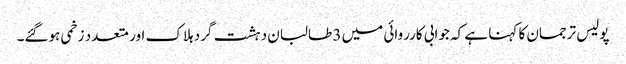
پولیس ترجمان کا کہنا ہے کہ جوابی کارروائی میں 3 طالبان دہشت گرد ہلاک اور متعدد زخمی ہوگئے۔